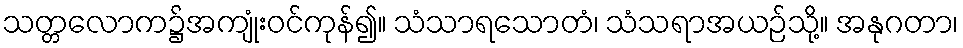
သတ္တလောက၌အကျုံးဝင်ကုန်၍။ သံသာရသောတံ၊ သံသရာအယဉ်သို့။ အနုဂတာ၊